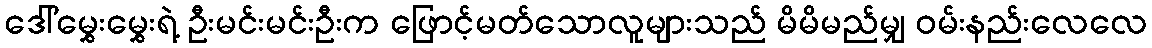
ဒေါ်မွှေးမွှေးရဲ့ ဦးမင်းမင်းဦးက ဖြောင့်မတ်သောလူများသည် မိမိမည်မျှ ဝမ်းနည်းလေလေ